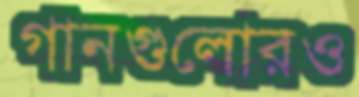
গানগুলোরও